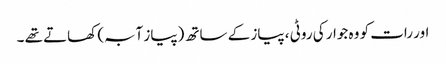
اور رات کو وہ جوار کی روٹی ، پیاز کے ساتھ (پیاز آبہ) کھاتے تھے ۔